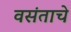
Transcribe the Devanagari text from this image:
वसंताचे